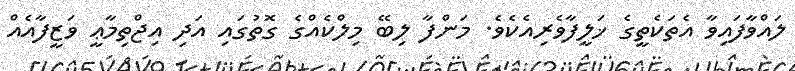
ލައްވާފައިވާ އެތަކެތީގެ ޚަލީފާވެރިއެކެވެ. މަންފާ ލިބޭ މިލްކެއްގެ ގޮތުގައި އަދި އިޖްތިމާޢީ ވަޒީފާއެއް